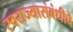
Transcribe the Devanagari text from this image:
स्वराज्यासंबंधीचे